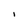
Character: I